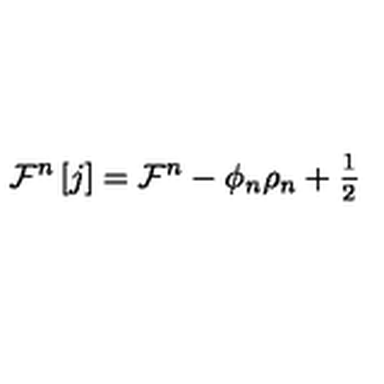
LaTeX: \mathcal { F } ^ { n } \left[ j \right] = \mathcal { F } ^ { n } - \phi _ { n } \rho _ { n } + \frac { { } _ { 1 } } { { } ^ { 2 } }